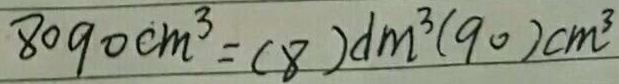
8 0 9 0 c m ^ { 3 } = ( 8 ) d m ^ { 3 } ( 9 0 ) c m ^ { 3 }